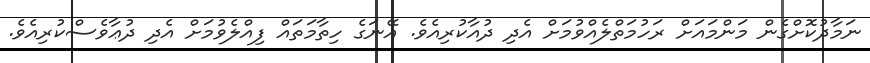
ނަމާދުކޮށްގެން މަންމައަށް ރަހުމަތްލެއްވުމަށް އެދި ދުއާކުރިއެވެ. އޭނަގެ ހިތާމަތައް ފިއްލެވުމަށް އެދި ދުޢާވެސްކުރިއެވެ.